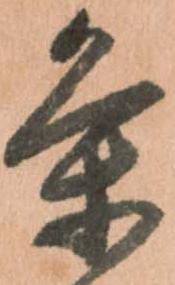
条